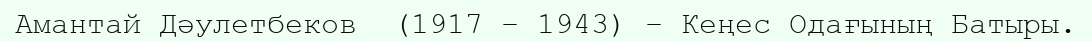
Амантай Дәулетбеков  (1917 – 1943) – Кеңес Одағының Батыры.